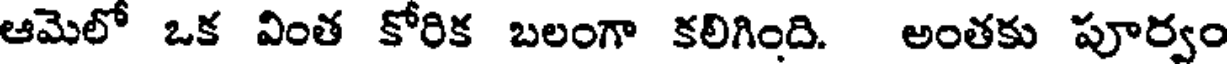
ఆమెలో ఒక వింత కోరిక బలంగా కలిగింది. అంతకు పూర్వం